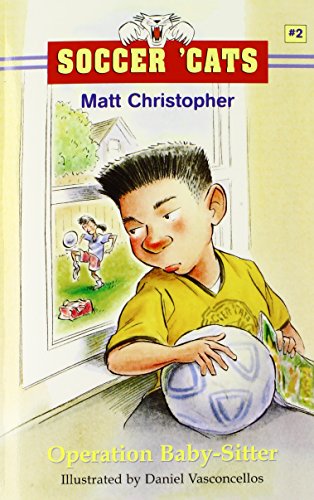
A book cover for Soccer Cats #2: Operation Baby Sitter; Matt Christopher; Children's Books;